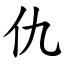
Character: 仇